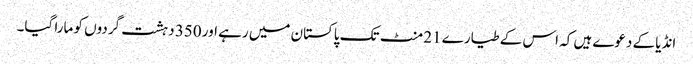
انڈیا کے دعوے ہیں کہ اس کے طیارے 21 منٹ تک پاکستان میں رہے اور 350 دہشت گردوں کو مارا گیا۔